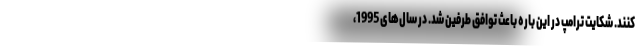
کنند. شکایت ترامپ در این باره باعث توافق طرفین شد. در سال‌های 1995،